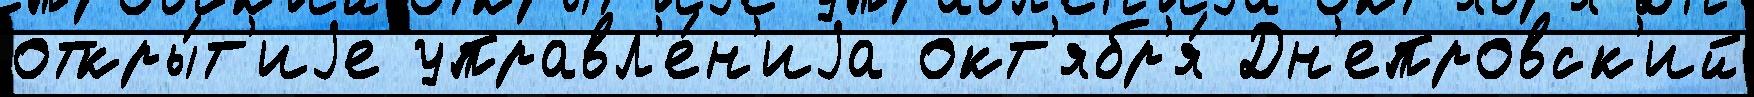
откры́т'иjе управл'е́н'иjа окт'ябр'я́ Дн'епровск'ий